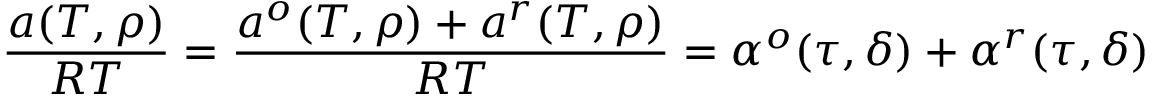
{ \frac { a ( T , \rho ) } { R T } } = { \frac { a ^ { o } ( T , \rho ) + a ^ { r } ( T , \rho ) } { R T } } = \alpha ^ { o } ( \tau , \delta ) + \alpha ^ { r } ( \tau , \delta )